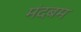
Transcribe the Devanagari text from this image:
मंदबम